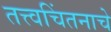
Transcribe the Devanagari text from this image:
तत्त्वचिंतनाचे